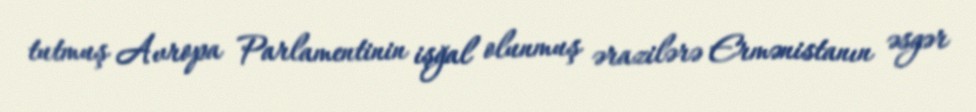
tutmuş Avropa Parlamentinin işğal olunmuş ərazilərə Ermənistanın əsgər